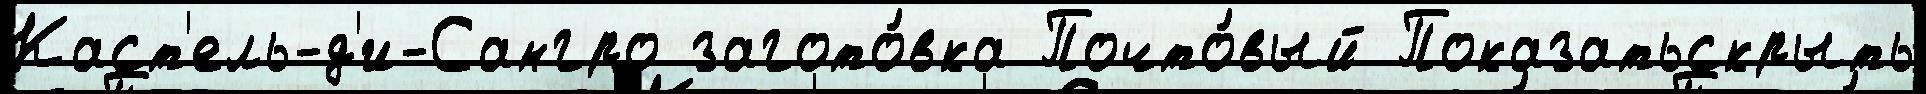
Каст'ель-д'и-Сангро загото́вка Почто́вый Показатьскрыть